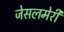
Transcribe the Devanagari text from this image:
जेसलमेरी